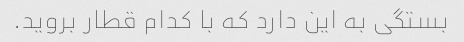
بستگی به این دارد که با کدام قطار بروید.